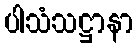
ပါသံသဋ္ဌာနာ